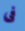
فى